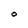
Character: O